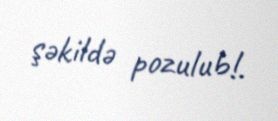
şəkildə pozulub!.